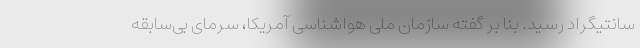
سانتیگراد رسید. بنا بر گفته سازمان ملی هواشناسی آمریکا، سرمای بی‌سابقه